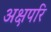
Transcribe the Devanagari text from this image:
अक्षपरि